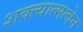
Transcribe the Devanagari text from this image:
शक्त्यात्मत्वेन